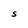
Character: S